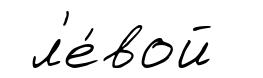
л'е́вой